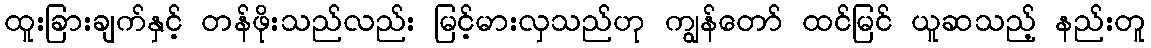
ထူးခြားချက်နှင့် တန်ဖိုးသည်လည်း မြင့်မားလှသည်ဟု ကျွန်တော် ထင်မြင် ယူဆသည့် နည်းတူ